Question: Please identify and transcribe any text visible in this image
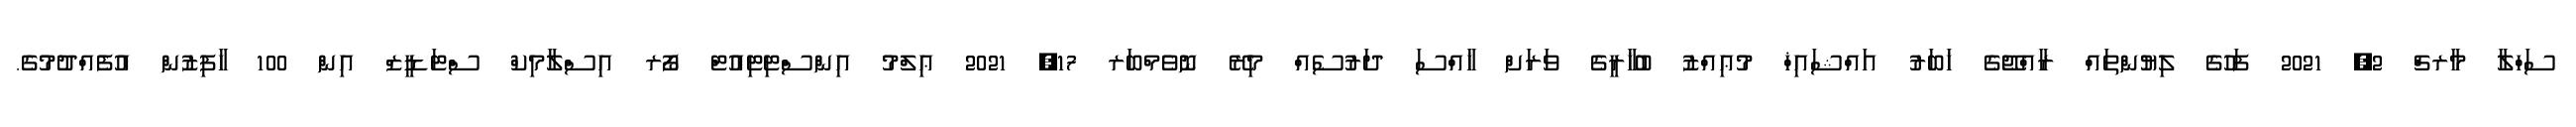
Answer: ސަހްލާ މާރޗް 2, 2021 ފަހުގެ ލިޔުންތައް ރާއްޖޭގެ ޚަބަރު އައްޝައިޚް މުޢިއްޒު ބުޚާރީގެ ވަރަށް ޚާއްސަ ދަރުސެއް މިރޭ ނޮވެމްބަރ 17, 2021 ޢިލްމު އިންސްޓިޓިއުޓް ފޯރ އިސްލާމިކް ސްޓަޑީޒް އިން 100 ހާފިޒުން އުފެއްދުމުގެ.